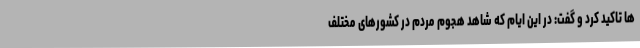
ها تاکید کرد و گفت: در این ایام که شاهد هجوم مردم در کشورهای مختلف